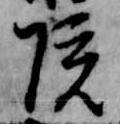
院